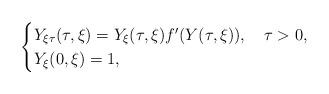
LaTeX: \begin{align*}\begin{cases}{Y}_{\xi \tau} (\tau ,\xi ) = {Y}_\xi (\tau ,\xi ) f'( Y (\tau ,\xi ) ),\ \ \ \tau > 0,\\Y _\xi (0, \xi )=1,\end{cases}\end{align*}